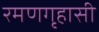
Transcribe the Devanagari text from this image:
रमणगृहासी